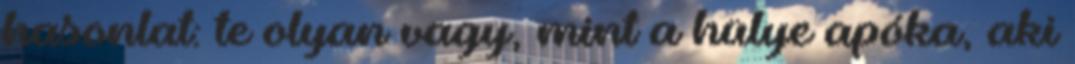
hasonlat: te olyan vagy, mint a hülye apóka, aki